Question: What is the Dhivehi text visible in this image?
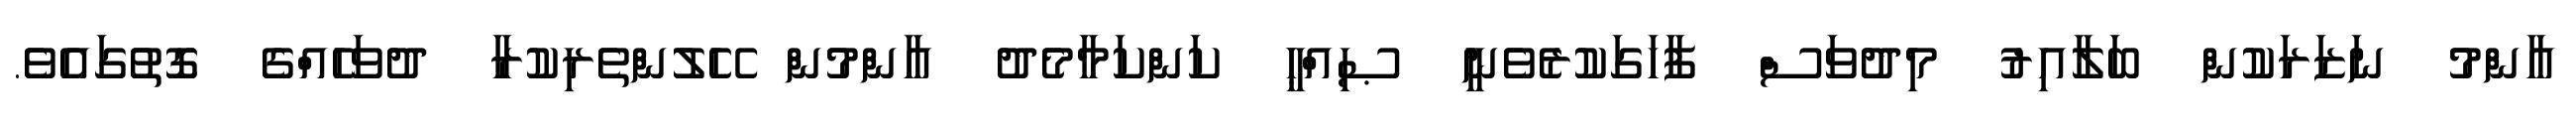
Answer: އާންމު ނަޒަރަކުން ބަލާއިރު މިދުވަސް ފާހަގަކުރެވެނީ ޞިއްޙީ ކަންކަމާމެދު އާންމުން ހޭލުންތެރިކުރާ ދުވަހެއްގެ ގޮތުގައެވެ.